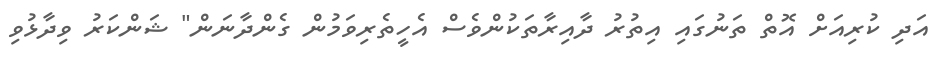
އަދި ކުރިއަށް އޮތް ތަނުގައި އިތުރު ދާއިރާތަކުންވެސް އެހީތެރިވަމުން ގެންދާނަން" ޝަންކަރު ވިދާޅުވި